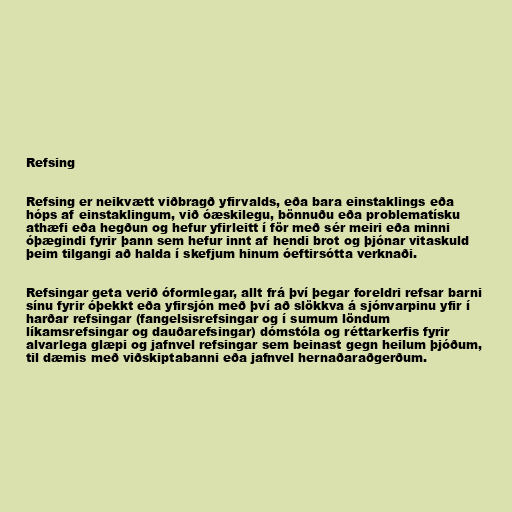
Refsing

Refsing er neikvætt viðbragð yfirvalds, eða bara einstaklings eða
hóps af einstaklingum, við óæskilegu, bönnuðu eða problematísku
athæfi eða hegðun og hefur yfirleitt í för með sér meiri eða minni
óþægindi fyrir þann sem hefur innt af hendi brot og þjónar vitaskuld
þeim tilgangi að halda í skefjum hinum óeftirsótta verknaði.

Refsingar geta verið óformlegar, allt frá því þegar foreldri refsar barni
sínu fyrir óþekkt eða yfirsjón með því að slökkva á sjónvarpinu yfir í
harðar refsingar (fangelsisrefsingar og í sumum löndum
líkamsrefsingar og dauðarefsingar) dómstóla og réttarkerfis fyrir
alvarlega glæpi og jafnvel refsingar sem beinast gegn heilum þjóðum,
til dæmis með viðskiptabanni eða jafnvel hernaðaraðgerðum.